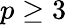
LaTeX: p\geq 3